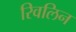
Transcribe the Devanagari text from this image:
रिवलिन